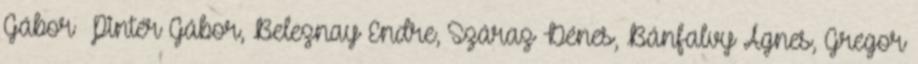
Gábor Pintér Gábor, Beleznay Endre, Száraz Dénes, Bánfalvy Ágnes, Gregor